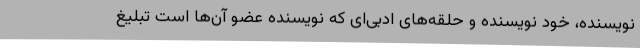
نویسنده، خود نویسنده و حلقه‌های ادبی‌ای که نویسنده عضو آن‌ها است تبلیغ